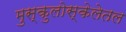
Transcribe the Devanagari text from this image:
मुस्कुलोस्केलेतल